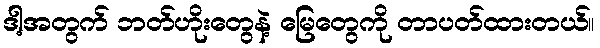
ဒါ့အတွက် ဘတ်ဟိုးတွေနဲ့ မြေတွေကို တာပတ်ထားတယ်။